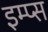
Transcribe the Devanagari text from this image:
इम्प्स